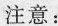
注意：